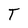
Character: T